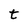
Character: t